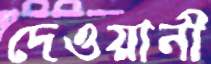
দেওয়ানী